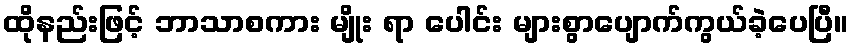
ထိုနည်းဖြင့် ဘာသာစကား မျိုး ရာ ပေါင်း များစွာပျောက်ကွယ်ခဲ့ပေပြီ။